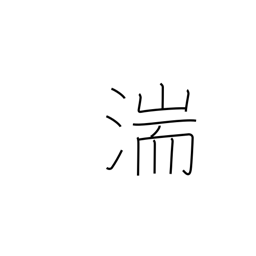
Meaning: rapids